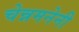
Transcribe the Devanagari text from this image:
चेन्नमनेनी